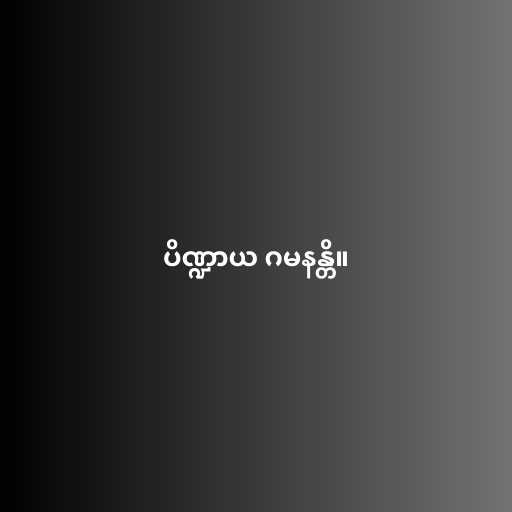
ပိဏ္ဍာယ ဂမနန္တိ။